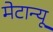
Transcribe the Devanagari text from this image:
मेटान्यू